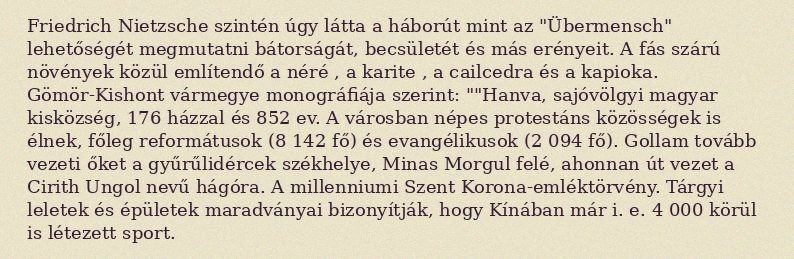
Friedrich Nietzsche szintén úgy látta a háborút mint az "Übermensch" lehetőségét megmutatni bátorságát, becsületét és más erényeit. A fás szárú növények közül említendő a néré , a karite , a cailcedra és a kapioka. Gömör-Kishont vármegye monográfiája szerint: ""Hanva, sajóvölgyi magyar kisközség, 176 házzal és 852 ev. A városban népes protestáns közösségek is élnek, főleg reformátusok (8 142 fő) és evangélikusok (2 094 fő). Gollam tovább vezeti őket a gyűrűlidércek székhelye, Minas Morgul felé, ahonnan út vezet a Cirith Ungol nevű hágóra. A millenniumi Szent Korona-emléktörvény. Tárgyi leletek és épületek maradványai bizonyítják, hogy Kínában már i. e. 4 000 körül is létezett sport.